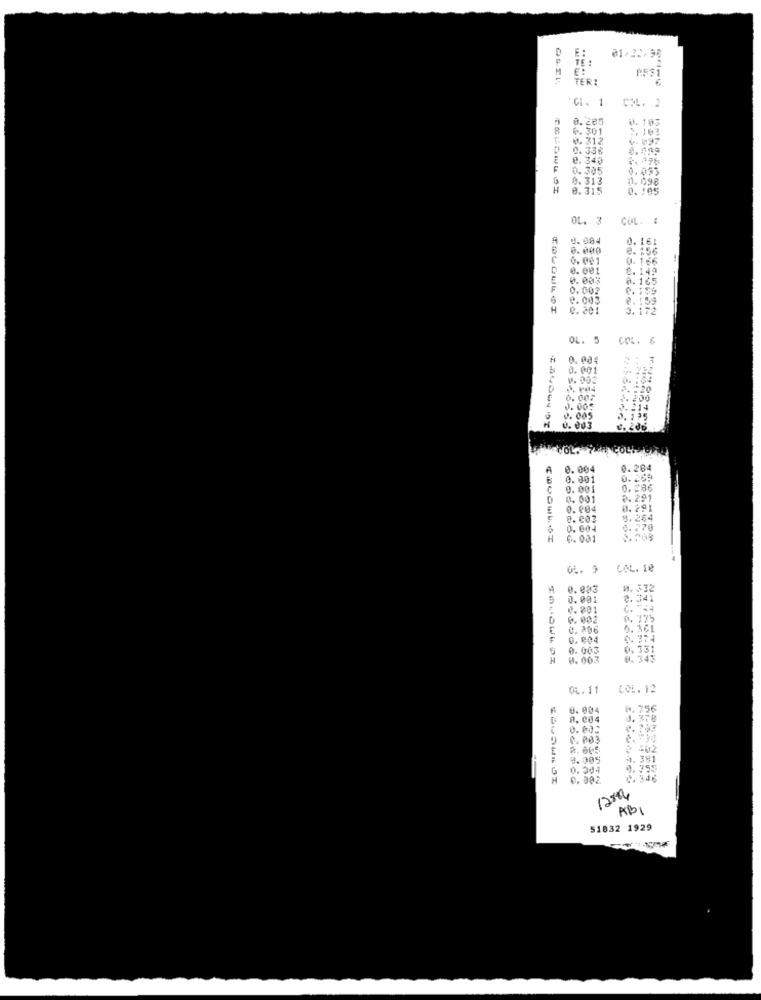
E:
TE :
M
PF31
TER:
"CL. 1
COL. 2
0.285
U. 103
6. 301
0. 312
4- 497
0.336
8.109
2.340
0. 305
0.033
0.313
1.098
M
0.315
0. : 05
OL. 3
COL. :
0. 004
0. 161
0. 000
e. 156
0. 001
0. 166
0.001
0. 1
0.003
0.16
0.002
e.003
8.159
0.201
3.172
--------
OL. 5
5
COL.
0. 00€
0. 001
0.007
2. 200
0.005
1.214
0. 125
A
0.004
0.284
0. 001
0.269
0. 001
0.286
0. 001
3. 291
0.004
0.291
0.003
$.254
6.770
H
OL. 9
COL. 10
0.003
332
0.001
2.341
2.801
C.
6.002
0.735
E
0. 896
0.1
0.804
0.003
0.003
0. 343
01.11
COL. 12
0.904
0. 356
8. 004
0. 378
0.003
402
3.005
4. 381
0.304
0.355
0. 002
12m2
KB1
51832 1929